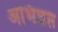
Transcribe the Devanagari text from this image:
अभिज्ञप्त